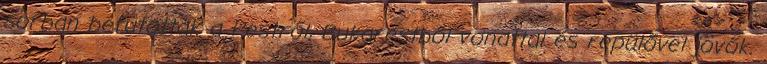
sorban befutottak a Pestről, Bukarestből vonattal és repülővel jövők.